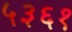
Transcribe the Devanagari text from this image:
५३६१